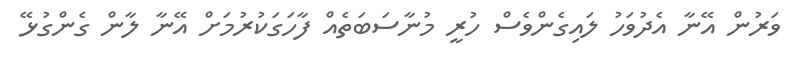
ވަރުން އޭނާ އެދުވަހު ލައިގެންވެސް ހުރީ މުނާސަބަތެއް ފާހަގަކުރުމަށް އޭނާ ލާން ގެންގުޅޭ